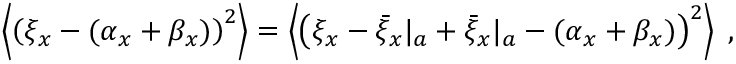
\begin{array} { r } { \left\langle \left( \xi _ { x } - ( \alpha _ { x } + \beta _ { x } ) \right) ^ { 2 } \right\rangle = \left\langle \left( \xi _ { x } - { \bar { \xi } _ { x } } | _ { a } + { \bar { \xi } _ { x } } | _ { a } - ( \alpha _ { x } + \beta _ { x } ) \right) ^ { 2 } \right\rangle \; , } \end{array}